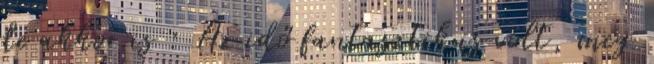
de akkor is : Az idő fantasztikus volt, meg